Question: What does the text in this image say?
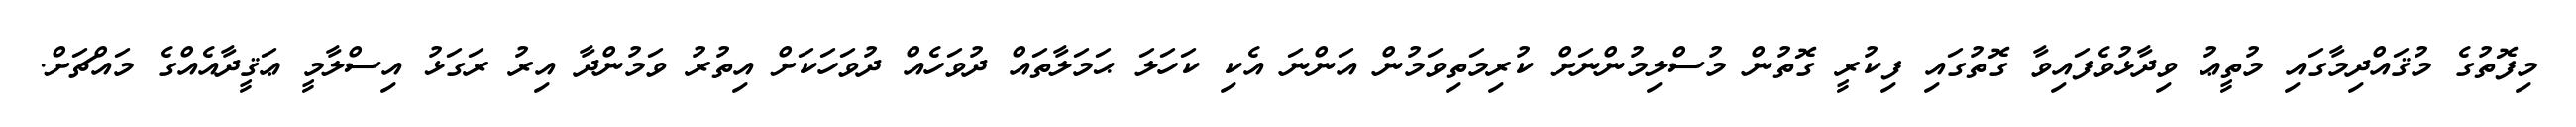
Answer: މިފޮތުގެ މުޤައްދިމާގައި މުތީޢު ވިދާޅުވެފައިވާ ގޮތުގައި ފިކުރީ ގޮތުން މުސްލިމުންނަށް ކުރިމަތިވަމުން އަންނަ އެކި ކަހަލަ ޙަމަލާތައް ދުވަހެއް ދުވަހަކަށް އިތުރު ވަމުންދާ އިރު ރަގަޅު އިސްލާމީ ޢަޤީދާއެއްގެ މައްޗަށް.